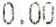
0.00